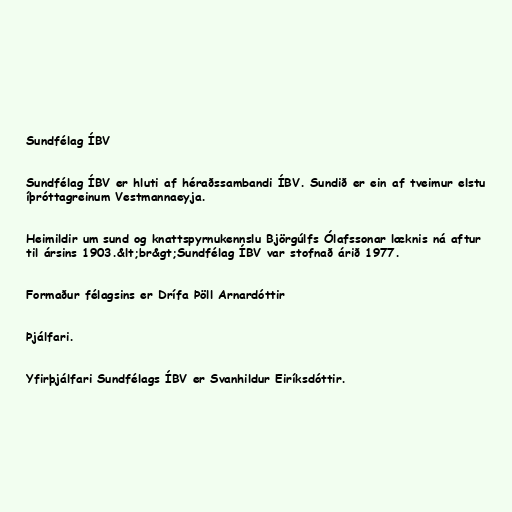
Sundfélag ÍBV

Sundfélag ÍBV er hluti af héraðssambandi ÍBV. Sundið er ein af tveimur elstu
íþróttagreinum Vestmannaeyja.

Heimildir um sund og knattspyrnukennslu Björgúlfs Ólafssonar læknis ná aftur
til ársins 1903.&lt;br&gt;Sundfélag ÍBV var stofnað árið 1977.

Formaður félagsins er Drífa Þöll Arnardóttir

Þjálfari.

Yfirþjálfari Sundfélags ÍBV er Svanhildur Eiríksdóttir.